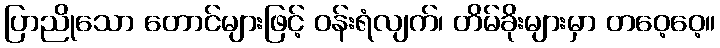
ပြာညိုသော တောင်များဖြင့် ဝန်းရံလျက်၊ တိမ်ခိုးများမှာ တဝေ့ဝေ့။